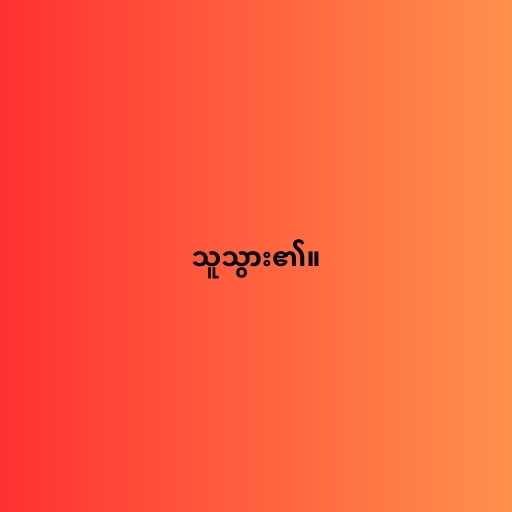
သူသွား၏။